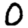
Digit: 0